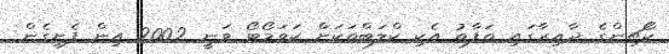
ކޯޗިންގެ ދާއިރާގައި ތަފާތު އެކި ކްލަބްތަކަށް ކަވަމޯޓޯ ވަނީ 2002 އިން ފެށިގެން